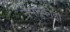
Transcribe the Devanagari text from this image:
नेमनुकीही